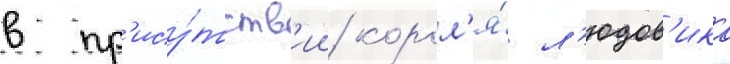
в пр'ису́тств'ии корол'я́ л'юдов'ика